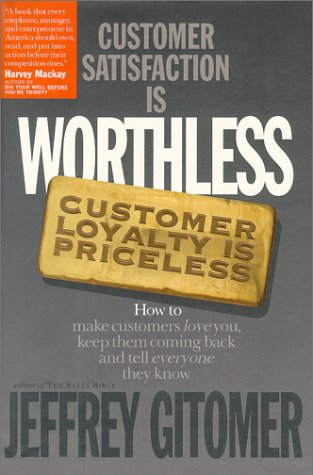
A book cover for Customer Satisfaction Is Worthless, Customer Loyalty Is Priceless: How to Make Customers Love You, Keep Them Coming Back and Tell Everyone They Know; Jeffery Gitomer; Business & Money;